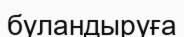
буландыруға